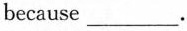
because___.